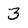
Character: 3